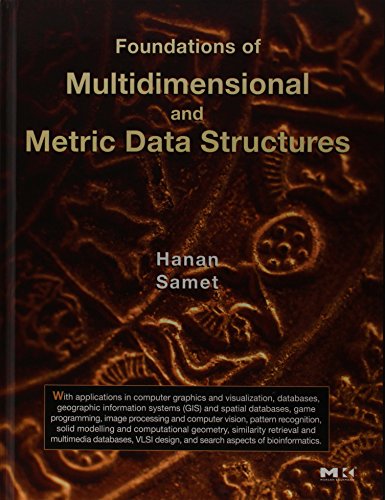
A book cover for Foundations of Multidimensional and Metric Data Structures (The Morgan Kaufmann Series in Computer Graphics); Hanan Samet; Computers & Technology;